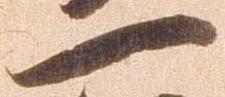
一